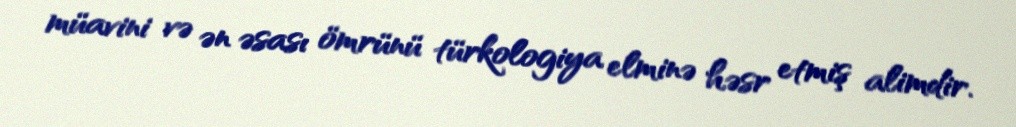
müavini və ən əsası ömrünü türkologiya elminə həsr etmiş alimdir.